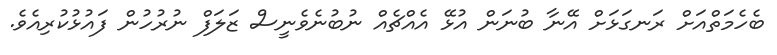
ބެހެމަތްއަށް ރަނގަޅަށް އޭނާ ބުނަން އުޅޭ އެއްޗެއް ނުބުނެވެނީސް ޒަލަފް ނުރުހުން ފައުޅުކުރިއެވެ.